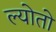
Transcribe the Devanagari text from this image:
ल्योतो